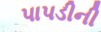
પાપડીની